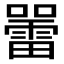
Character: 𡃷